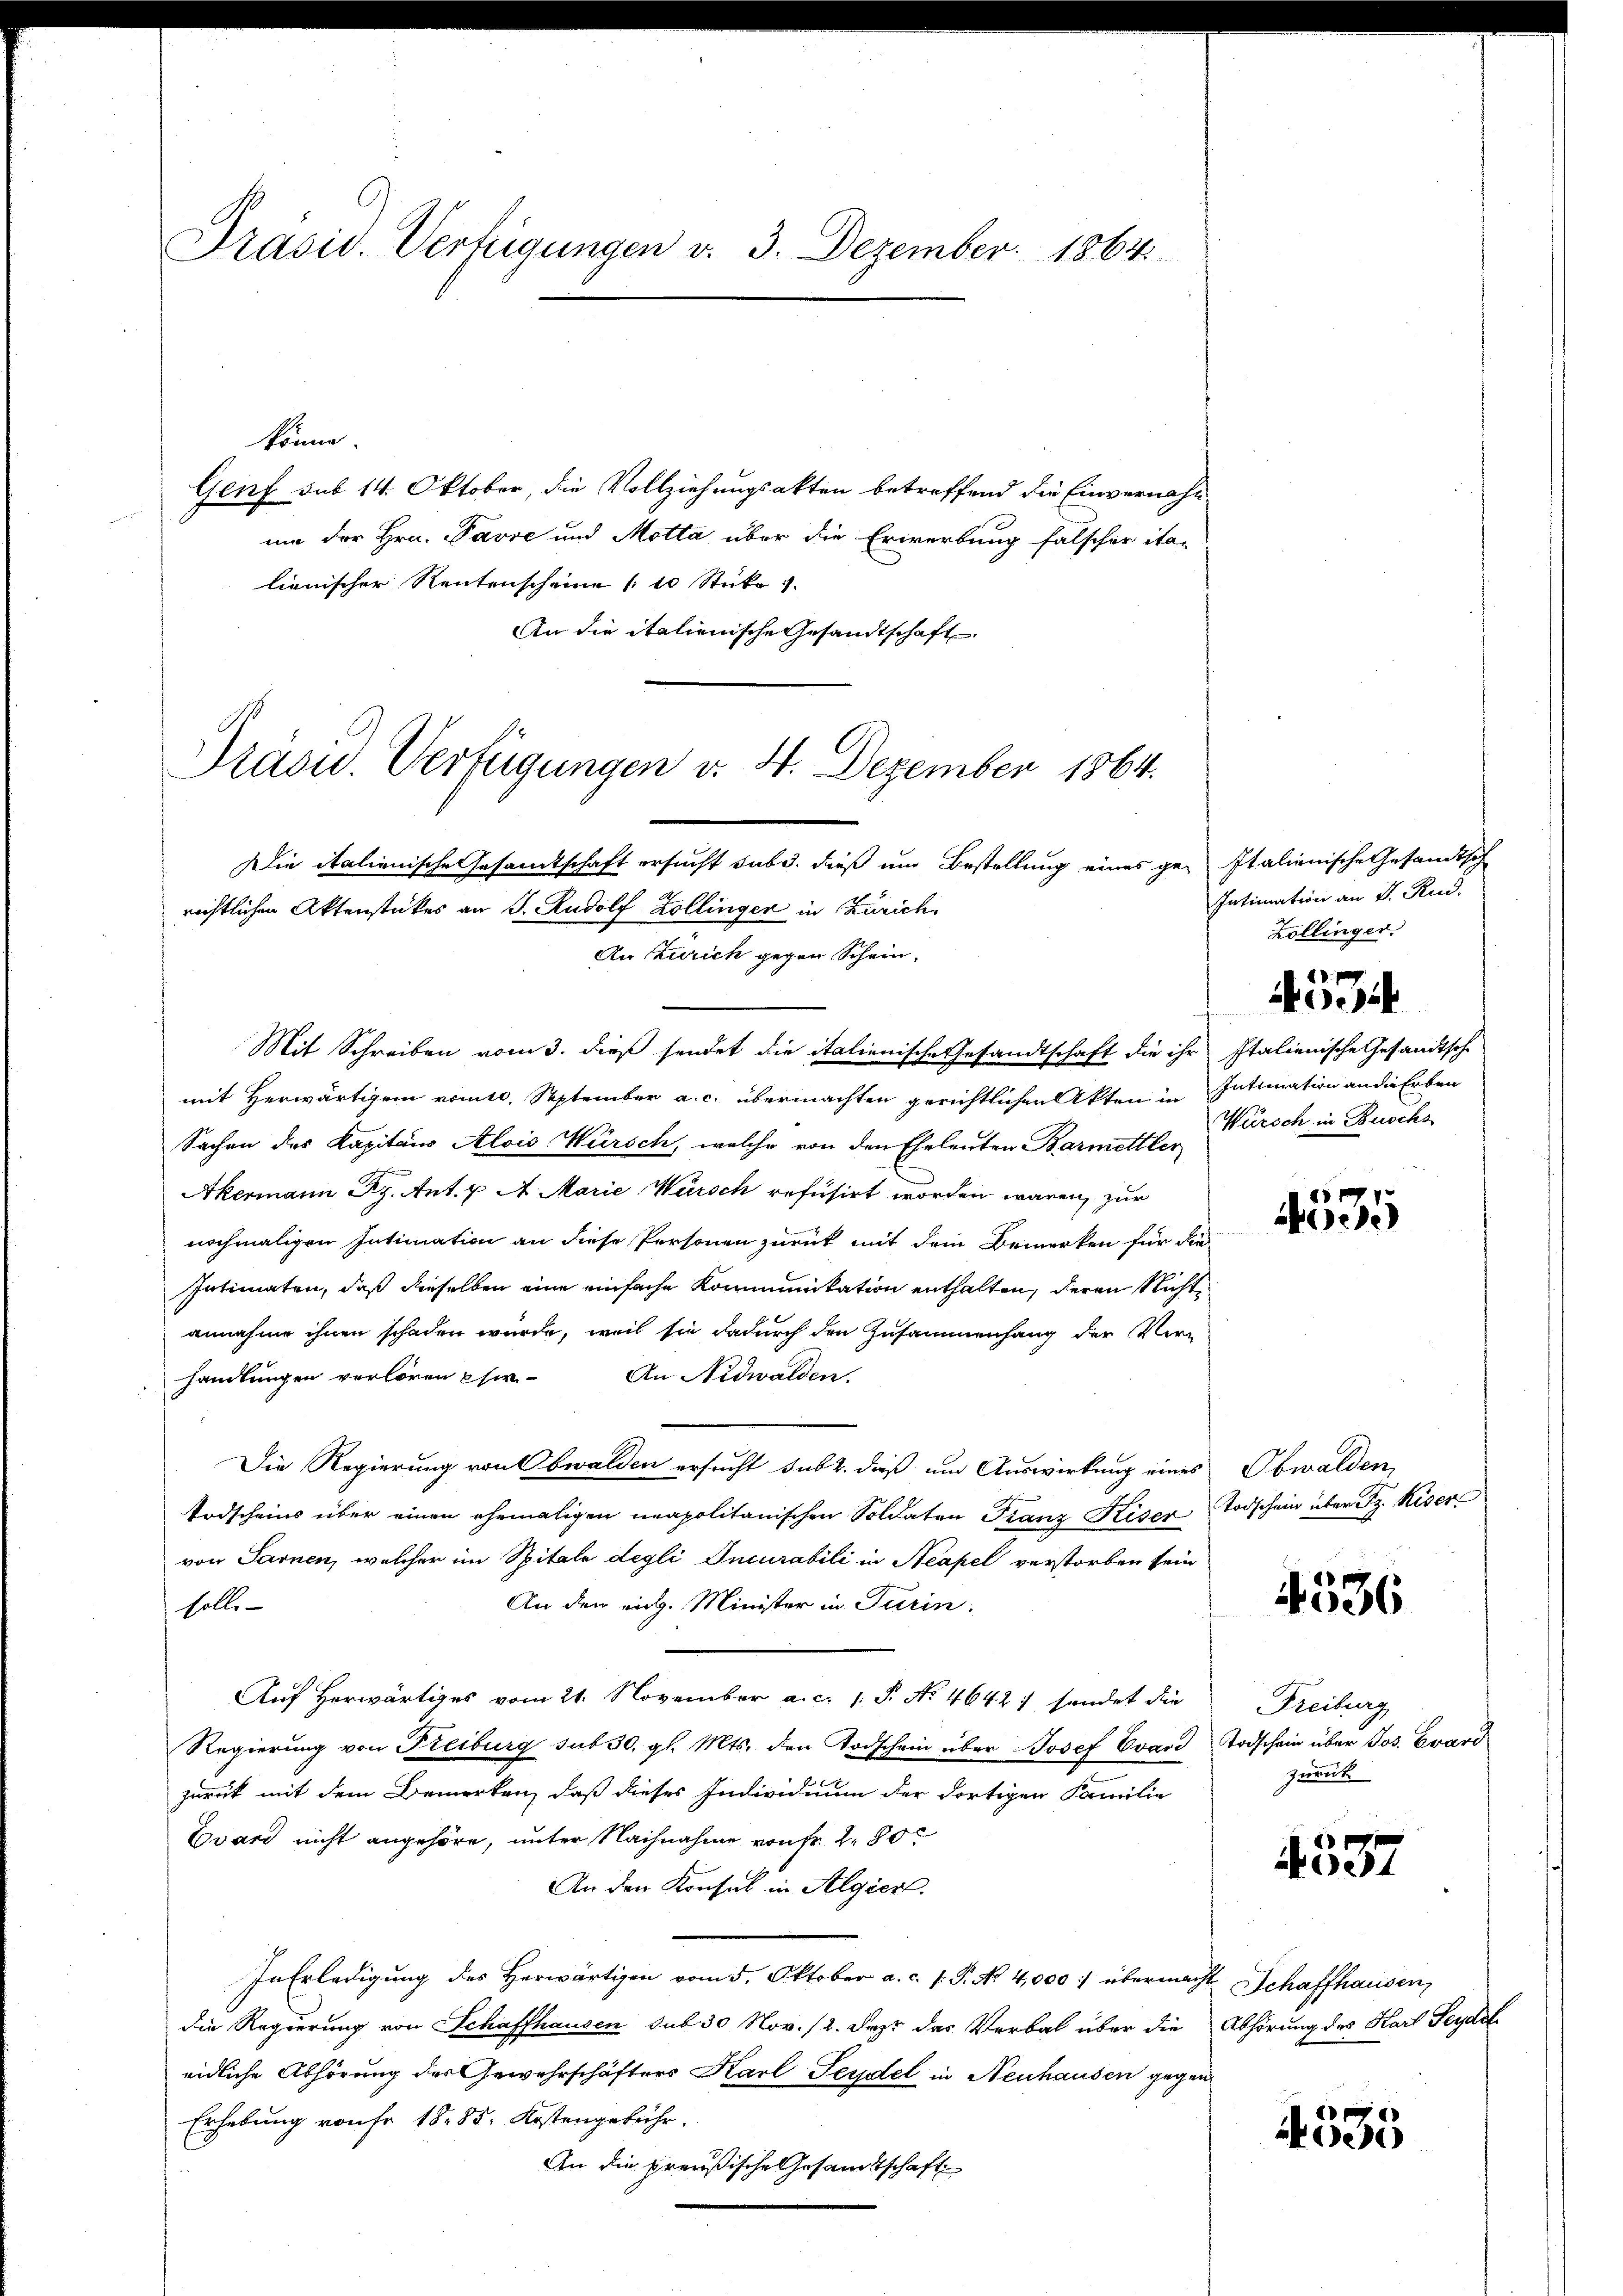
Präsid. Verfügungen v. 3. Dezember 1864.

könne.
Genf sub 14. Oktober, die Vollziehungsakten betreffend die Einvernahum der Hrn. Pavre und Motta über die Erwerbung falscher ita-
lienischer Rentenscheine (10 Stücke
An die italienische Gesandtschaft
Die italienische Gesamtschaft ersucht sub. dieß um Bestellung eines ge-Italienische Gesandtsch
richtlichen Aktenstückes an J. Rudolf Zollingen in Zürich
An Zürich gegen Schein
Mit Schreiben vom 3. dieß sendet die italienische Gesandtschaft die ihr Italienische Gesandtsche
mit Herwärtigen vomtl. September a. c. übermachten gerichtlichen Akten in Intimation an die Erben
Sachen des Kapitaus Alois Würsch, welche von den Eheleuten Barmettler
Akermann Rg. Ant. & A. Marie Warsch refusirt worden wären, zur
nochmaligen Intimation an diese Personen zurück mit dem Bemerken für die
Intimaten, daß dieselben eine einfache Kommunikation enthalten, deren Nichtannahme ihnen schaden würde, weil sie dadurch den Zusammenhang der Verhandlungen verlören Eher. An Nidwalden.
Die Regierung von Obwalden ersucht sub 2. dieß um Auswirkung eines Obwalden,
Todscheins über einen ehemaligen neapolitanischen Soldaten Franz Kiser
von Sarnen, welcher im Spitale degli Incurabili in Neapel verstorben sein
An den rich. Minister in Turin.
soll
Auf herwärtiges vom 21. November a. c. 1: P. No 46427 sendet die
Regierung von Freiburg sub 30. gl. Mts. den Todschein über Josef Evavi
zurück mit dem Bemerken, daß dieses Individuum der dortigen Familie
Evard nicht angehöre, unter Nachnahme von Fr. 280
An den Konsul in Algier
In Erledigung des Herwärtigen vom 5. Oktober a. c. s. P. No 4,000 übermacht Schaffhausen,
die Regierung von Schaffhausen sub 30 Nov. 12. Jezt das Verbal über die
eidliche Abhörung des Gewehrschäfters Karl Seydel, in Neuhausen gegen
Erhebung von Fr. 18. 85: Kostengebühr.
An die preußische Gesandtschaft

Präsid.. Verfügungen v. 4. Dezember 1864.

Intimation an d. Rud.
Köllinger
28. pag
oe
Würsch in Buschs

4535

Todschein über Sr. Keser

4536

Freiburg
Todschein über Jos. Evard
zurück

537

Abhörung des Karl Seydel

555